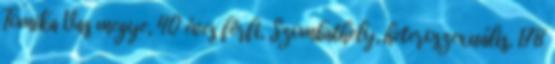
Tomika Vas megye, 40 éves férfi, Szombathely, heteroszexuális, 178